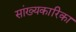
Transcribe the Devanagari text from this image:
सांख्‍यकारिका